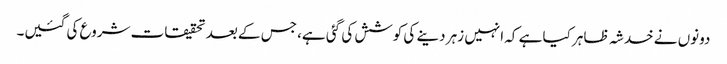
دونوں نے خدشہ ظاہر کیا ہے کہ انہیں زہر دینے کی کوشش کی گئی ہے، جس کے بعد تحقیقات شروع کی گئیں۔